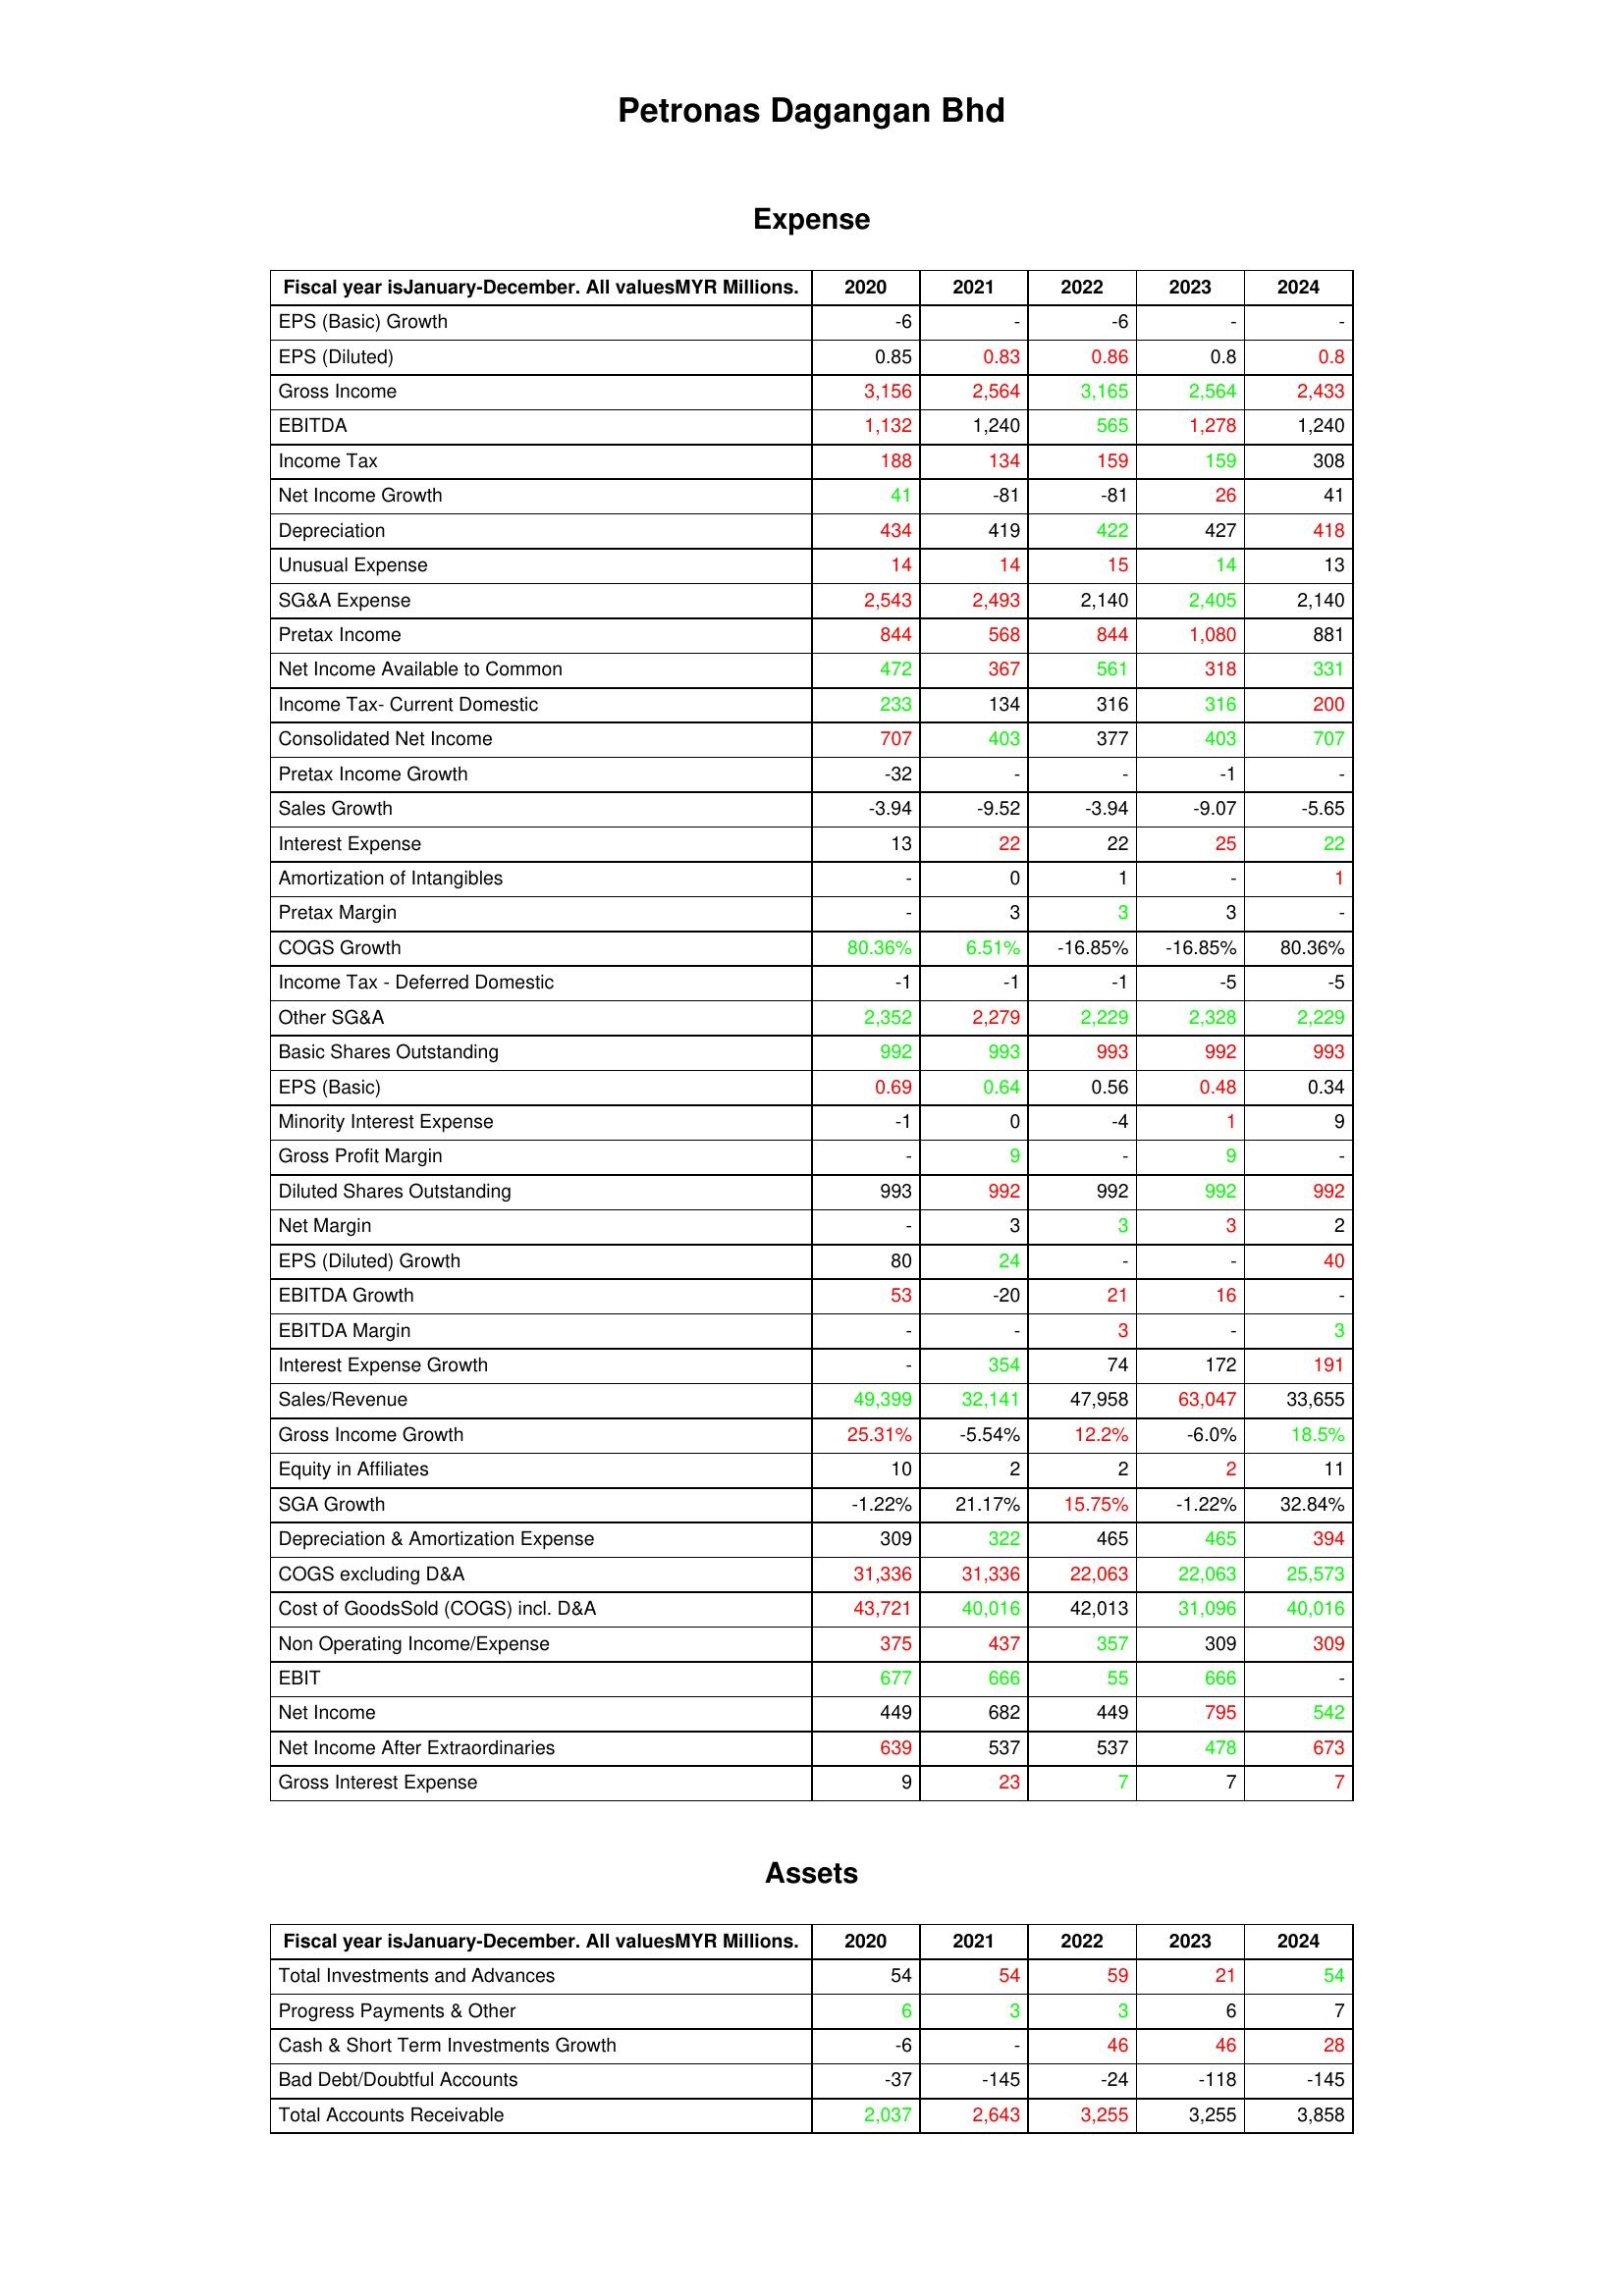
gt_parse: 2020: Expense: EPS (Basic) Growth: -6
EPS (Diluted): 0.85
Gross Income: 3,156
EBITDA: 1,132
Income Tax: 188
Net Income Growth: 41
Depreciation: 434
Unusual Expense: 14
SG&A Expense: 2,543
Pretax Income: 844
Net Income Available to Common: 472
Income Tax- Current Domestic: 233
Consolidated Net Income: 707
Pretax Income Growth: -32
Sales Growth: -3.94
Interest Expense: 13
Amortization of Intangibles: -
Pretax Margin: -
COGS Growth: 80.36%
Income Tax - Deferred Domestic: -1
Other SG&A: 2,352
Basic Shares Outstanding: 992
EPS (Basic): 0.69
Minority Interest Expense: -1
Gross Profit Margin: -
Diluted Shares Outstanding: 993
Net Margin: -
EPS (Diluted) Growth: 80
EBITDA Growth: 53
EBITDA Margin: -
Interest Expense Growth: -
Sales/Revenue: 49,399
Gross Income Growth: 25.31%
Equity in Affiliates: 10
SGA Growth: -1.22%
Depreciation & Amortization Expense: 309
COGS excluding D&A: 31,336
Cost of GoodsSold (COGS) incl. D&A: 43,721
Non Operating Income/Expense: 375
EBIT: 677
Net Income: 449
Net Income After Extraordinaries: 639
Gross Interest Expense: 9
Assets: Total Investments and Advances: 54
Progress Payments & Other: 6
Cash & Short Term Investments Growth: -6
Bad Debt/Doubtful Accounts: -37
Total Accounts Receivable: 2,037
2021: Expense: EPS (Basic) Growth: -
EPS (Diluted): 0.83
Gross Income: 2,564
EBITDA: 1,240
Income Tax: 134
Net Income Growth: -81
Depreciation: 419
Unusual Expense: 14
SG&A Expense: 2,493
Pretax Income: 568
Net Income Available to Common: 367
Income Tax- Current Domestic: 134
Consolidated Net Income: 403
Pretax Income Growth: -
Sales Growth: -9.52
Interest Expense: 22
Amortization of Intangibles: 0
Pretax Margin: 3
COGS Growth: 6.51%
Income Tax - Deferred Domestic: -1
Other SG&A: 2,279
Basic Shares Outstanding: 993
EPS (Basic): 0.64
Minority Interest Expense: 0
Gross Profit Margin: 9
Diluted Shares Outstanding: 992
Net Margin: 3
EPS (Diluted) Growth: 24
EBITDA Growth: -20
EBITDA Margin: -
Interest Expense Growth: 354
Sales/Revenue: 32,141
Gross Income Growth: -5.54%
Equity in Affiliates: 2
SGA Growth: 21.17%
Depreciation & Amortization Expense: 322
COGS excluding D&A: 31,336
Cost of GoodsSold (COGS) incl. D&A: 40,016
Non Operating Income/Expense: 437
EBIT: 666
Net Income: 682
Net Income After Extraordinaries: 537
Gross Interest Expense: 23
Assets: Total Investments and Advances: 54
Progress Payments & Other: 3
Cash & Short Term Investments Growth: -
Bad Debt/Doubtful Accounts: -145
Total Accounts Receivable: 2,643
2022: Expense: EPS (Basic) Growth: -6
EPS (Diluted): 0.86
Gross Income: 3,165
EBITDA: 565
Income Tax: 159
Net Income Growth: -81
Depreciation: 422
Unusual Expense: 15
SG&A Expense: 2,140
Pretax Income: 844
Net Income Available to Common: 561
Income Tax- Current Domestic: 316
Consolidated Net Income: 377
Pretax Income Growth: -
Sales Growth: -3.94
Interest Expense: 22
Amortization of Intangibles: 1
Pretax Margin: 3
COGS Growth: -16.85%
Income Tax - Deferred Domestic: -1
Other SG&A: 2,229
Basic Shares Outstanding: 993
EPS (Basic): 0.56
Minority Interest Expense: -4
Gross Profit Margin: -
Diluted Shares Outstanding: 992
Net Margin: 3
EPS (Diluted) Growth: -
EBITDA Growth: 21
EBITDA Margin: 3
Interest Expense Growth: 74
Sales/Revenue: 47,958
Gross Income Growth: 12.2%
Equity in Affiliates: 2
SGA Growth: 15.75%
Depreciation & Amortization Expense: 465
COGS excluding D&A: 22,063
Cost of GoodsSold (COGS) incl. D&A: 42,013
Non Operating Income/Expense: 357
EBIT: 55
Net Income: 449
Net Income After Extraordinaries: 537
Gross Interest Expense: 7
Assets: Total Investments and Advances: 59
Progress Payments & Other: 3
Cash & Short Term Investments Growth: 46
Bad Debt/Doubtful Accounts: -24
Total Accounts Receivable: 3,255
2023: Expense: EPS (Basic) Growth: -
EPS (Diluted): 0.8
Gross Income: 2,564
EBITDA: 1,278
Income Tax: 159
Net Income Growth: 26
Depreciation: 427
Unusual Expense: 14
SG&A Expense: 2,405
Pretax Income: 1,080
Net Income Available to Common: 318
Income Tax- Current Domestic: 316
Consolidated Net Income: 403
Pretax Income Growth: -1
Sales Growth: -9.07
Interest Expense: 25
Amortization of Intangibles: -
Pretax Margin: 3
COGS Growth: -16.85%
Income Tax - Deferred Domestic: -5
Other SG&A: 2,328
Basic Shares Outstanding: 992
EPS (Basic): 0.48
Minority Interest Expense: 1
Gross Profit Margin: 9
Diluted Shares Outstanding: 992
Net Margin: 3
EPS (Diluted) Growth: -
EBITDA Growth: 16
EBITDA Margin: -
Interest Expense Growth: 172
Sales/Revenue: 63,047
Gross Income Growth: -6.0%
Equity in Affiliates: 2
SGA Growth: -1.22%
Depreciation & Amortization Expense: 465
COGS excluding D&A: 22,063
Cost of GoodsSold (COGS) incl. D&A: 31,096
Non Operating Income/Expense: 309
EBIT: 666
Net Income: 795
Net Income After Extraordinaries: 478
Gross Interest Expense: 7
Assets: Total Investments and Advances: 21
Progress Payments & Other: 6
Cash & Short Term Investments Growth: 46
Bad Debt/Doubtful Accounts: -118
Total Accounts Receivable: 3,255
2024: Expense: EPS (Basic) Growth: -
EPS (Diluted): 0.8
Gross Income: 2,433
EBITDA: 1,240
Income Tax: 308
Net Income Growth: 41
Depreciation: 418
Unusual Expense: 13
SG&A Expense: 2,140
Pretax Income: 881
Net Income Available to Common: 331
Income Tax- Current Domestic: 200
Consolidated Net Income: 707
Pretax Income Growth: -
Sales Growth: -5.65
Interest Expense: 22
Amortization of Intangibles: 1
Pretax Margin: -
COGS Growth: 80.36%
Income Tax - Deferred Domestic: -5
Other SG&A: 2,229
Basic Shares Outstanding: 993
EPS (Basic): 0.34
Minority Interest Expense: 9
Gross Profit Margin: -
Diluted Shares Outstanding: 992
Net Margin: 2
EPS (Diluted) Growth: 40
EBITDA Growth: -
EBITDA Margin: 3
Interest Expense Growth: 191
Sales/Revenue: 33,655
Gross Income Growth: 18.5%
Equity in Affiliates: 11
SGA Growth: 32.84%
Depreciation & Amortization Expense: 394
COGS excluding D&A: 25,573
Cost of GoodsSold (COGS) incl. D&A: 40,016
Non Operating Income/Expense: 309
EBIT: -
Net Income: 542
Net Income After Extraordinaries: 673
Gross Interest Expense: 7
Assets: Total Investments and Advances: 54
Progress Payments & Other: 7
Cash & Short Term Investments Growth: 28
Bad Debt/Doubtful Accounts: -145
Total Accounts Receivable: 3,858